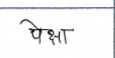
मजकूर: पेक्षा